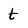
Character: t